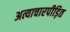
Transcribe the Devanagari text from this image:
अत्याचारपीड़ित